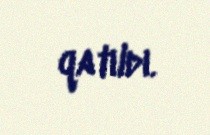
qatıldı.